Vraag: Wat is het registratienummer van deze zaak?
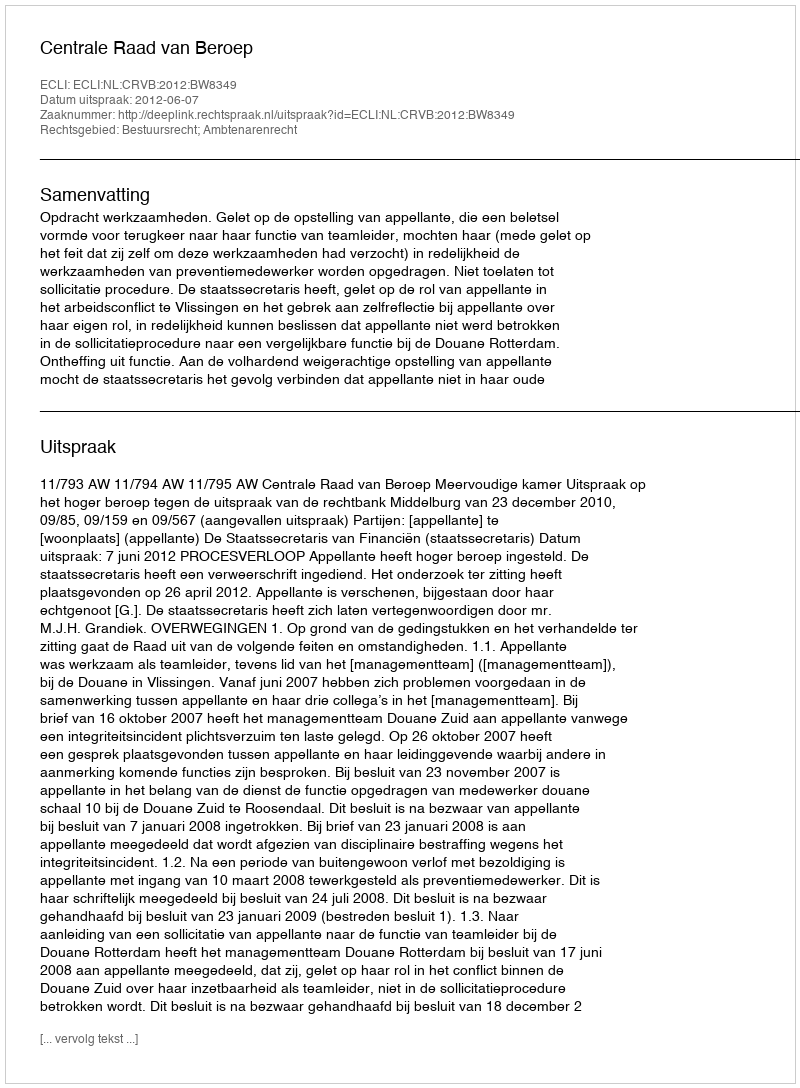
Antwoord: http://deeplink.rechtspraak.nl/uitspraak?id=ECLI:NL:CRVB:2012:BW8349